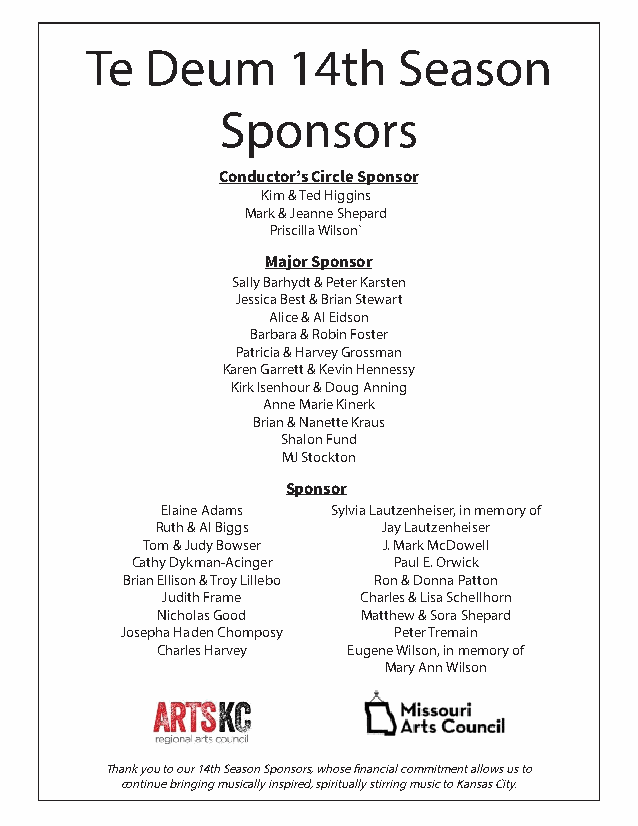
Te  Deum     14th   Season
 Sponsors
 Conductor’s Circle Sponsor
 Kim & Ted Higgins
 Mark & Jeanne Shepard
 Priscilla Wilson`
 Major Sponsor
 Sally Barhydt & Peter Karsten
 Jessica Best & Brian Stewart
 Alice & Al Eidson
 Barbara & Robin Foster
 Patricia & Harvey Grossman
 Karen Garrett & Kevin Hennessy
 Kirk Isenhour & Doug Anning
 Anne Marie Kinerk
 Brian & Nanette Kraus
 Shalon Fund
 MJ Stockton
 Sponsor
 Elaine Adams Sylvia Lautzenheiser, in memory of
 Ruth & Al Biggs Jay Lautzenheiser
 Tom & Judy Bowser J. Mark McDowell
 Cathy Dykman-Acinger Paul E. Orwick
 Brian Ellison & Troy Lillebo Ron & Donna Patton
 Judith Frame Charles & Lisa Schellhorn
 Nicholas Good Matthew & Sora Shepard
 Josepha Haden Chomposy Peter Tremain
 Charles Harvey Eugene Wilson, in memory of
 Mary Ann Wilson
 Thank you to our 14th Season Sponsors, whose financial commitment allows us to
 continue bringing musically inspired, spiritually stirring music to Kansas City.